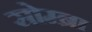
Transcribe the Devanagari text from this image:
सोम्ब्रा